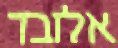
אלזבד